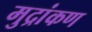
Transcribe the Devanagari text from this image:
मुद्रांकण